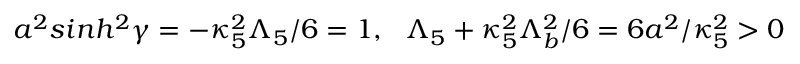
a ^ { 2 } s i n h ^ { 2 } \gamma = - \kappa _ { 5 } ^ { 2 } \Lambda _ { 5 } / 6 = 1 , ~ ~ \Lambda _ { 5 } + \kappa _ { 5 } ^ { 2 } \Lambda _ { b } ^ { 2 } / 6 = 6 a ^ { 2 } / \kappa _ { 5 } ^ { 2 } > 0